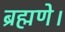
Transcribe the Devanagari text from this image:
ब्रह्मणे।